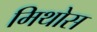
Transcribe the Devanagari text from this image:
मिथोस